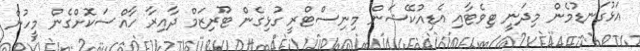
އަޅުގަނޑުމެން މިދަނީ ޓިވެޓާއި އެޑިއުކޭޝަން މިނިސްޓްރީ ގުޅިގެން ޓޫރިޒަމް ދާއިރާ ހާއްސަކޮށްގެން މީހުން